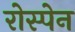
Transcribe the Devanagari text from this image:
रोस्पेन